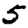
Digit: 5